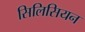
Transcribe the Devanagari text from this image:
सिलिसियन